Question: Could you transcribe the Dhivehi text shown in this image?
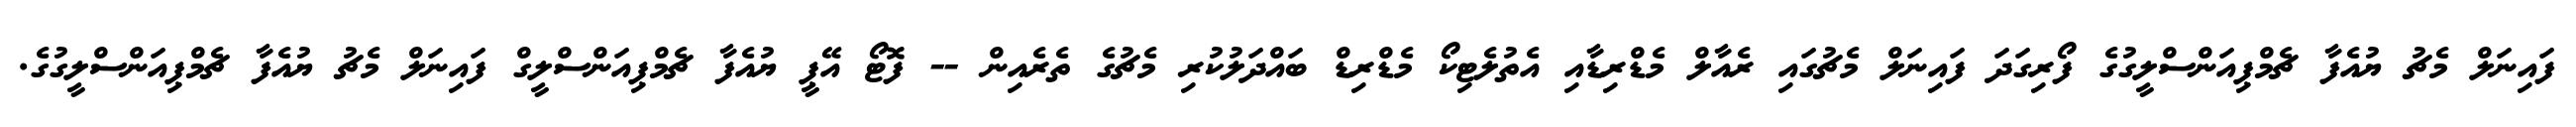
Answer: ފައިނަލް މެޗު ޔުއެފާ ޗެމްޕިއަންސްލީގުގެ ފޯރިގަދަ ފައިނަލް މެޗުގައި ރެއާލް މެޑްރިޑާއި އެތުލެޓިކޯ މެޑްރިޑް ބައްދަލުކުރި މެޗުގެ ތެރެއިން -- ފޮޓޯ އޭޕީ ޔުއެފާ ޗެމްޕިއަންސްލީގް ފައިނަލް މެޗު ޔުއެފާ ޗެމްޕިއަންސްލީގުގެ.